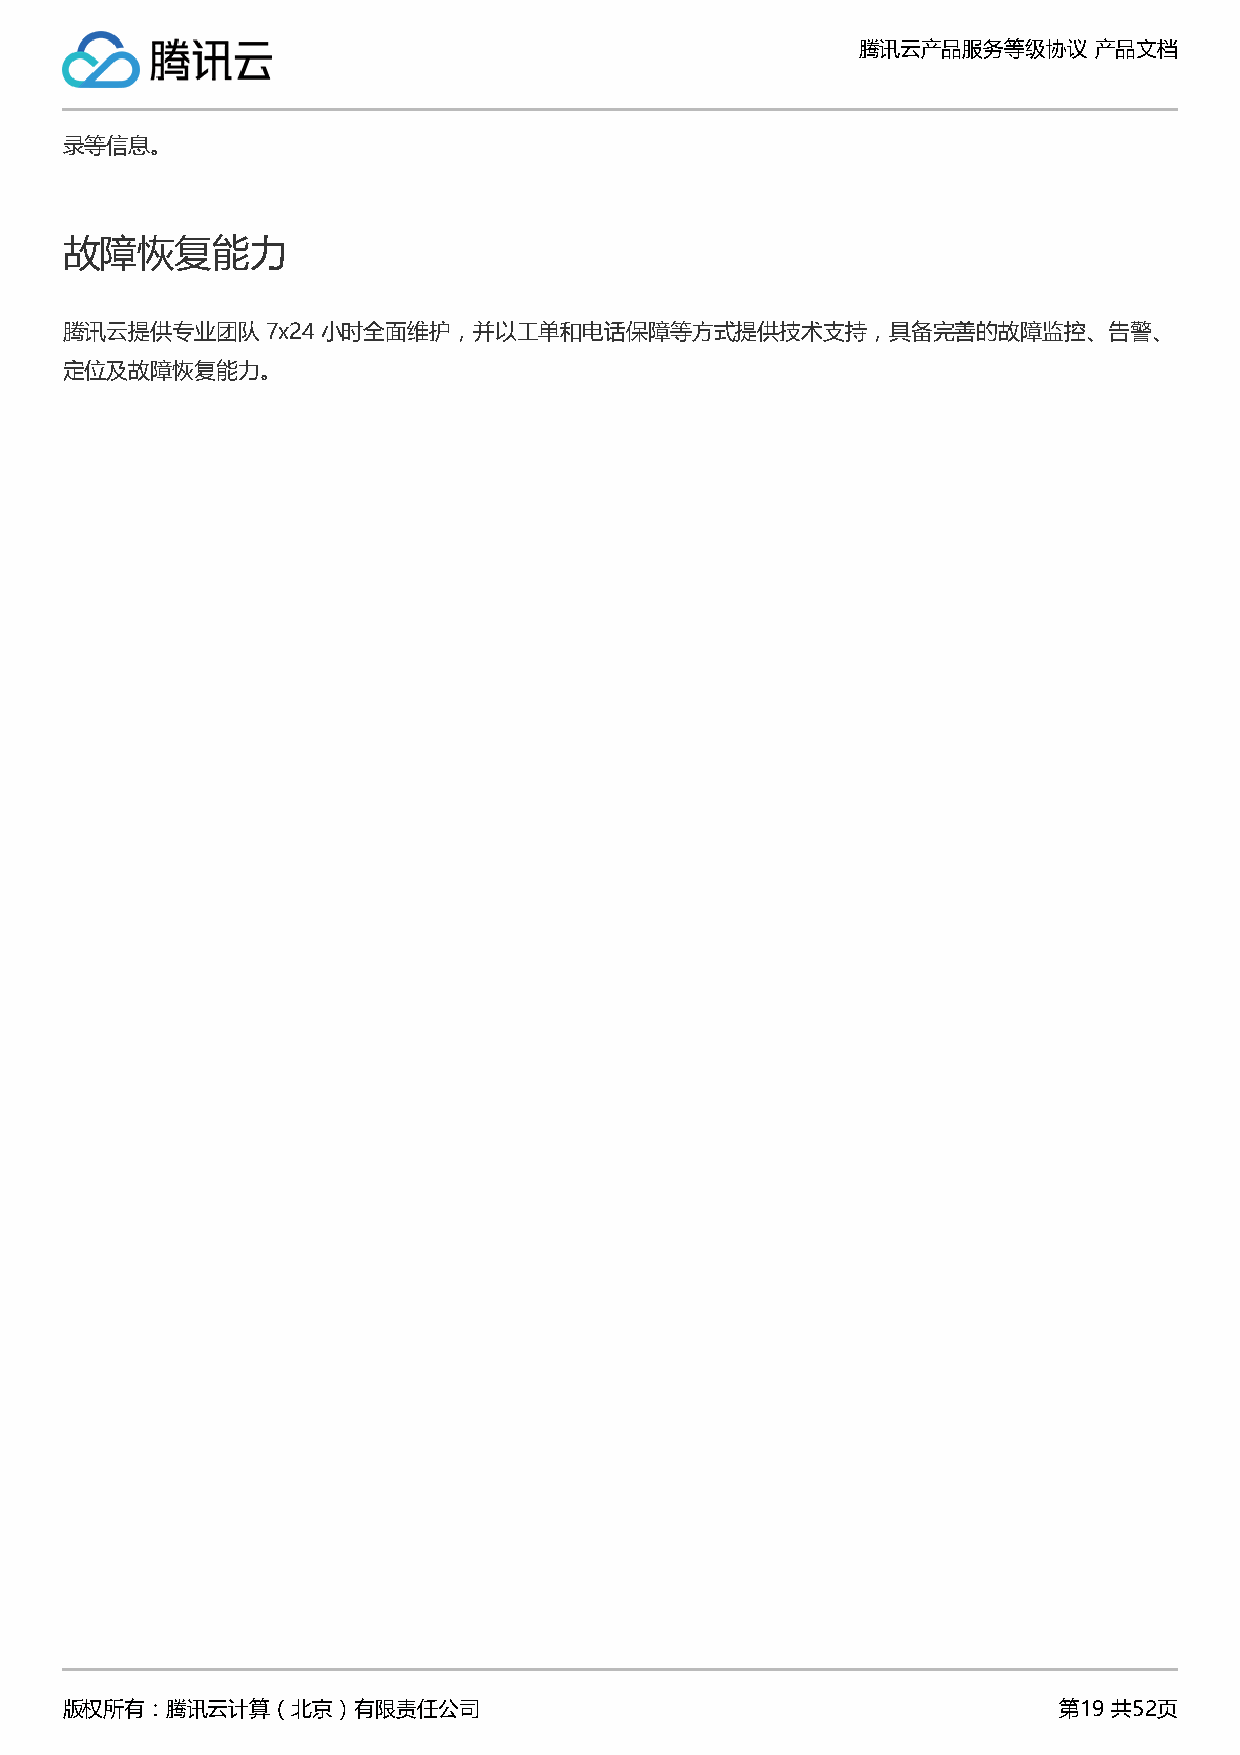
腾讯云产品服务等级协议    产品文档
 录等信息。
 故障恢复能力
 腾讯云提供专业团队     7x24 小时全面维护，并以工单和电话保障等方式提供技术支持，具备完善的故障监控、告警、
 定位及故障恢复能力。
 版权所有：腾讯云计算（北京）有限责任公司                                              第19 共52页